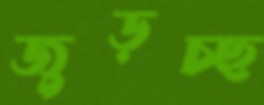
জুড়চ্ছ